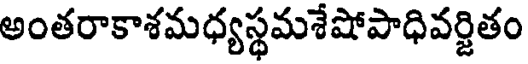
అంతరాకాశమధ్యస్థమశేషోపాధివర్జితం